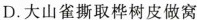
D.大山雀撕取桦树皮做窝